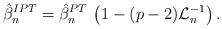
LaTeX: \begin{align*}\hat{\beta}_n^{IPT} = \hat{\beta}_n^{PT}\, \left(1-(p-2)\mathcal{L}_n^{-1} \right).\end{align*}